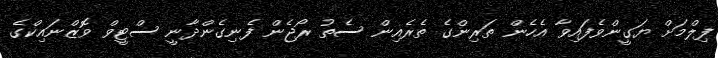
ފިލްމަށް ޔަގީންވެފައިވާ އެހެން ތަރިންގެ ތެރެއިން ސެތު ރޯޖެން ފެނިގެންދާނީ ސްޓީވް ވޮޒްނައިކްގެ